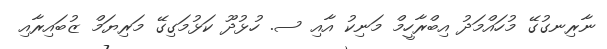
ނާރިނގުގޭ މުހައްމަދު އިބްރާހީމް މަނިކު އާއި ސ. ހުޅުދޫ ކަޅުމަގިގޭ މަރިޔަމް ޒުބައިރާއި